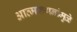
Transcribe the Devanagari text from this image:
आत्मकथनांमुळे